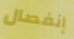
إنفصال